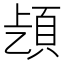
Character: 𩑨